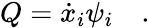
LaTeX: Q={\dot{x}}_{i}\psi_{i}\quad.